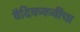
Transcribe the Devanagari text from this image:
वैदिककवींचा